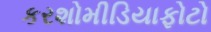
કરશોમીડિયાફોટો